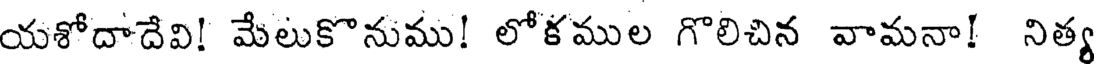
యశోదాదేవి! మేలుకొనుము! లోకముల గొలిచిన వామనా! నిత్య